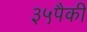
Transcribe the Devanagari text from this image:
३५पैकी